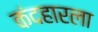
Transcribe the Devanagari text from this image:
कंदहारला